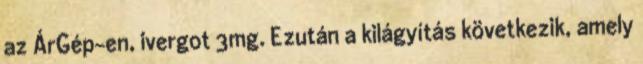
az ÁrGép-en, ivergot 3mg. Ezután a kilágyítás következik, amely